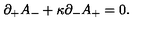
\partial _ { + } A _ { - } + \kappa \partial _ { - } A _ { + } = 0 .